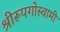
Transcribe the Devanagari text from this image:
श्रीरूपगोस्वामी